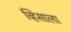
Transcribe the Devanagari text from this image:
व्हिसाला